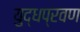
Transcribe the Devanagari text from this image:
युद्धप्रवण